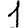
Digit: 1